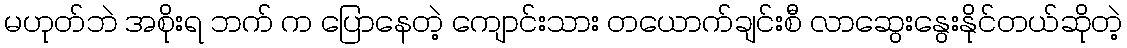
မဟုတ်ဘဲ အစိုးရ ဘက် က ပြောနေတဲ့ ကျောင်းသား တယောက်ချင်းစီ လာဆွေးနွေးနိုင်တယ်ဆိုတဲ့